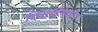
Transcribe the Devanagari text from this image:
दिवादिगणीय